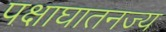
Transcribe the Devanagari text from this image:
पक्षाघातनज्य